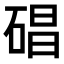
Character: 𥓥